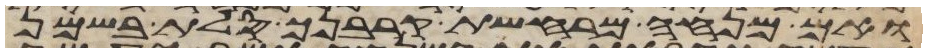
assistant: ואם מנחה מרחשת קרבנך סלת בשמן